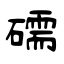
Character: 礝